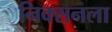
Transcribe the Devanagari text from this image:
निक्सनला